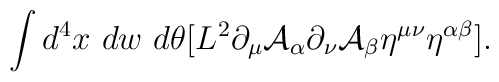
\int d^4x~dw~d\theta [L^2 \partial_{\mu} {\cal A}_{\alpha} \partial_{\nu} {\cal A}_{\beta} \eta^{\mu \nu} \eta^{\alpha\beta}].